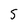
Character: 5